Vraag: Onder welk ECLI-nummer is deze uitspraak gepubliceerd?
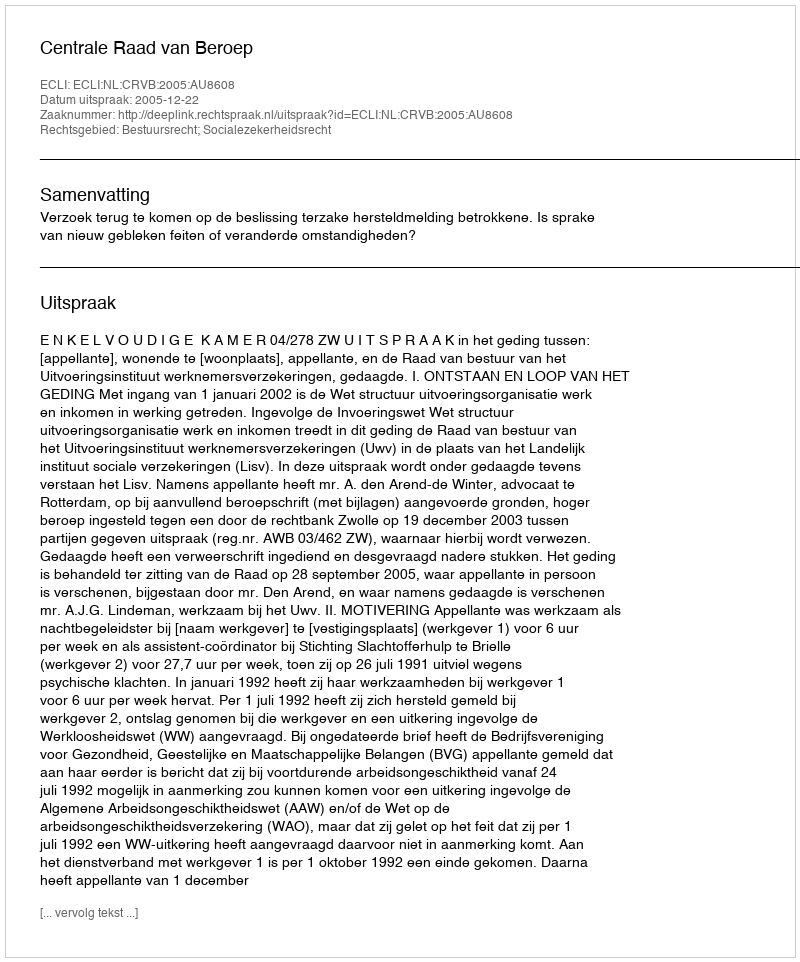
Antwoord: ECLI:NL:CRVB:2005:AU8608